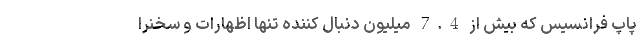
پاپ فرانسیس که بیش از 7.4 میلیون دنبال کننده تنها اظهارات و سخنرا